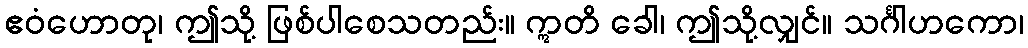
ဧဝံဟောတု၊ ဤသို့ ဖြစ်ပါစေသတည်း။ ဣတိ ခေါ၊ ဤသို့လျှင်။ သင်္ဂါဟကော၊